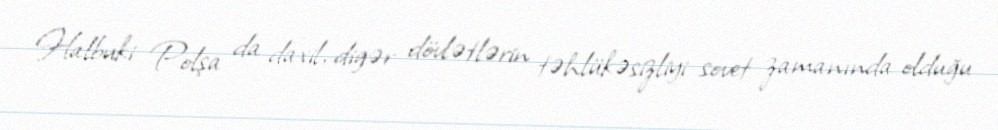
Halbuki Polşa da daxil, digər dövlətlərin təhlükəsizliyi sovet zamanında olduğu